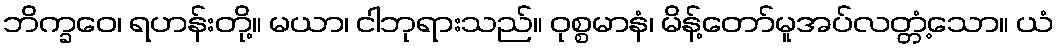
ဘိက္ခဝေ၊ ရဟန်းတို့။ မယာ၊ ငါဘုရားသည်။ ဝုစ္စမာနံ၊ မိန့်တော်မူအပ်လတ္တံ့သော။ ယံ